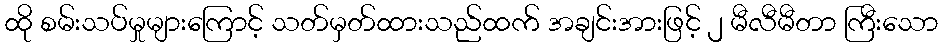
ထို စမ်းသပ်မှုများကြောင့် သတ်မှတ်ထားသည်ထက် အချင်းအားဖြင့် ၂ မီလီမီတာ ကြီးသော